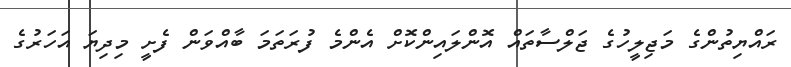
ރައްޔިތުންގެ މަޖިލީހުގެ ޖަލްސާތައް އޮންލައިންކޮށް އެންމެ ފުރަތަމަ ބާއްވަން ފެށީ މިދިޔަ އަހަރުގެ